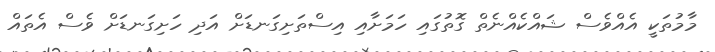
މާމުތަކީ އެއްވެސް ޝައްކެއްނެތް ގޮތުގައި ހަމަށާއި އިސްތަށިގަނޑަށް އަދި ހަށިގަނޑަށް ވެސް އެތައް